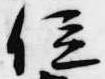
位